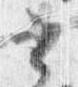
書